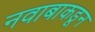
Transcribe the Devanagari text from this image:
नवाबाकडून